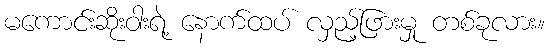
မကောင်းဆိုးဝါးရဲ့ နောက်ထပ် လှည့်ဖြားမှု တစ်ခုလား။